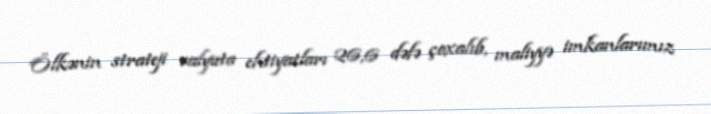
Ölkənin strateji valyuta ehtiyatları 26,6 dəfə çoxalıb, maliyyə imkanlarımız